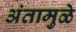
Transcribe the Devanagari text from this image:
अंतामुळे